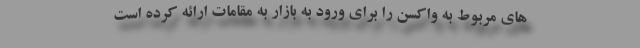
های مربوط به واکسن را برای ورود به بازار به مقامات ارائه کرده است